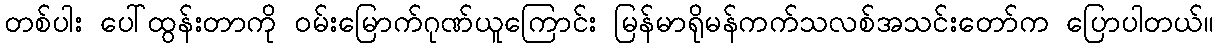
တစ်ပါး ပေါ်ထွန်းတာကို ဝမ်းမြောက်ဂုဏ်ယူကြောင်း မြန်မာရိုမန်ကက်သလစ်အသင်းတော်က ပြောပါတယ်။